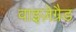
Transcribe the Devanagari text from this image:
वाइज़ेग्रैड